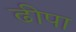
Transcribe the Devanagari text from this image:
ढीपा